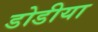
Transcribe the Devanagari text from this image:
डोडीया